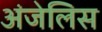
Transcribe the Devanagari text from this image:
अंजेलिस